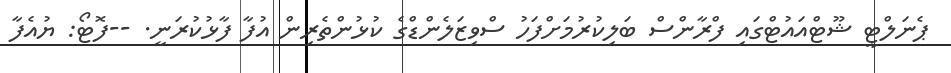
ޕެނަލްޓީ ޝޫޓްއައުޓްގައި ފްރާންސް ބަލިކުރުމަށްފަހު ސްވިޒަލެންޑްގެ ކުޅުންތެރިން އުފާ ފާޅުކުރަނީ. --ފޮޓޯ: ޔުއެފާ